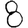
Digit: 8